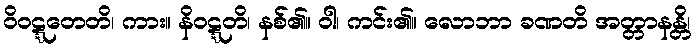
ဝိဝဋ္ဋတေတိ၊ ကား။ နိဝဋ္ဋတိ၊ နစ်၏။ ဝါ၊ ကင်း၏။ လောဘာ ခဏတိ အတ္တာနန္တိ၊